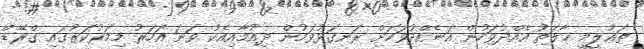
ތަޢުލީމީ ޙާލަތު އެއްދުވަހުން އަނެއްދުވަހަށް ރަނގަޅުވަމުން ދިއުމާއިއެކު ވަނަ އަހަރު މިމަރުކަޒުގައި ގްރޭޑް